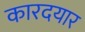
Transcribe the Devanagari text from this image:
कारदयार